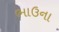
ભાઉના